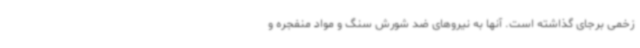
زخمی برجای گذاشته است. آنها به نیروهای ضد شورش سنگ و مواد منفجره و